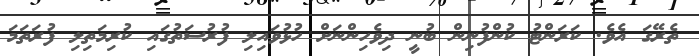
ތެރޭގަ އެވެ. ކަރަންޓު ކުންފުނިން ބުނީ ދިވެހިންނަށް ހުޅުވައިލި ފުރުސަތުގައި ކުރިމަތިލި ފުރަތަމަ